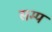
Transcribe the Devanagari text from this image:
सम्प